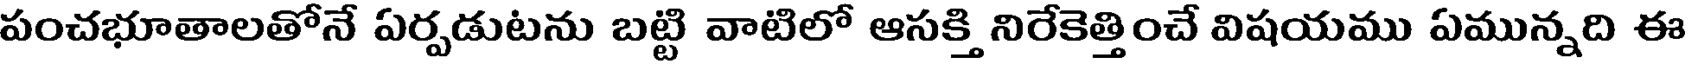
పంచభూతాలతోనే ఏర్పడుటను బట్టి వాటిలో ఆసక్తి నిరేకెత్తించే విషయము ఏమున్నది ఈ